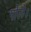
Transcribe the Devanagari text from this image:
पोले।